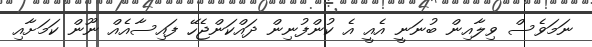
ނަމަވެސް ވިލާއިން ބުނަނީ އެއީ އެ ކުންފުނިން ދައްކަންޖެހޭ ފައިސާއެއް ނޫން ކަމަށާއި